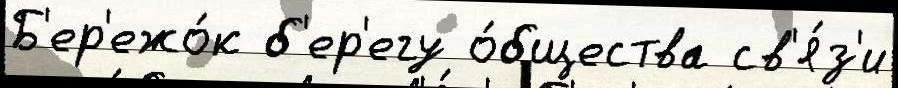
Б'ер'ежо́к б'ер'егу о́бщества св'я́з'и